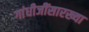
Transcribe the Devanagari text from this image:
गांधीजींसारख्या